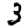
Digit: 3